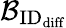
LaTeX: \mathcal{B}_{\textrm{\textrm{ID}}_{\textrm{diff}}}